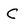
Character: C